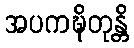
အပကဍ္ဎိတုန္တိ